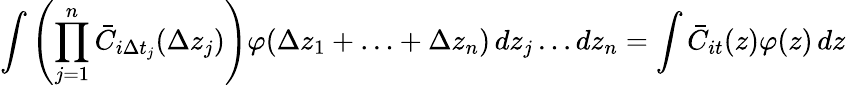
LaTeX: \int\left(\prod_{j=1}^{n}\bar{C}_{i\Delta t_{j}}(\Delta z_{j})\right)\varphi(\Delta z_{1}+\ldots+\Delta z_{n})\mathop{}\! {d{z_{j}}\ldots d{z_{n}}}=\int\bar{C}_{it}(z)\varphi(z)\mathop{}\! {d{z}}